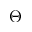
\Theta